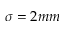
\sigma = 2 m m